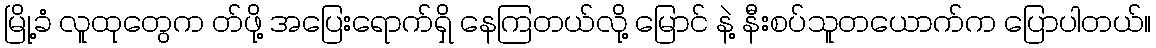
မြို့ခံ လူထုတွေက တ်ဖို့ အပြေးရောက်ရှိ နေကြတယ်လို့ မြောင် နဲ့ နီးစပ်သူတယောက်က ပြောပါတယ်။